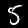
Label: 5